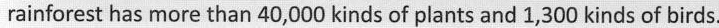
rainforest has more than 40,000 kinds of plants and 1,300 kinds of birds.